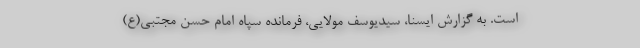
است. به گزارش ایسنا، سیدیوسف مولایی، فرمانده سپاه امام حسن مجتبی(ع)